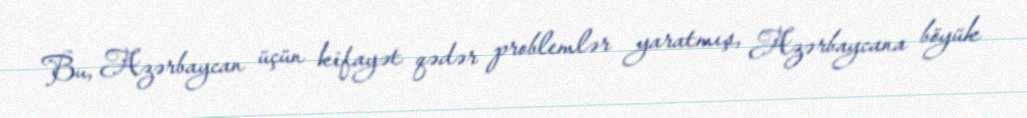
Bu, Azərbaycan üçün kifayət qədər problemlər yaratmış, Azərbaycana böyük